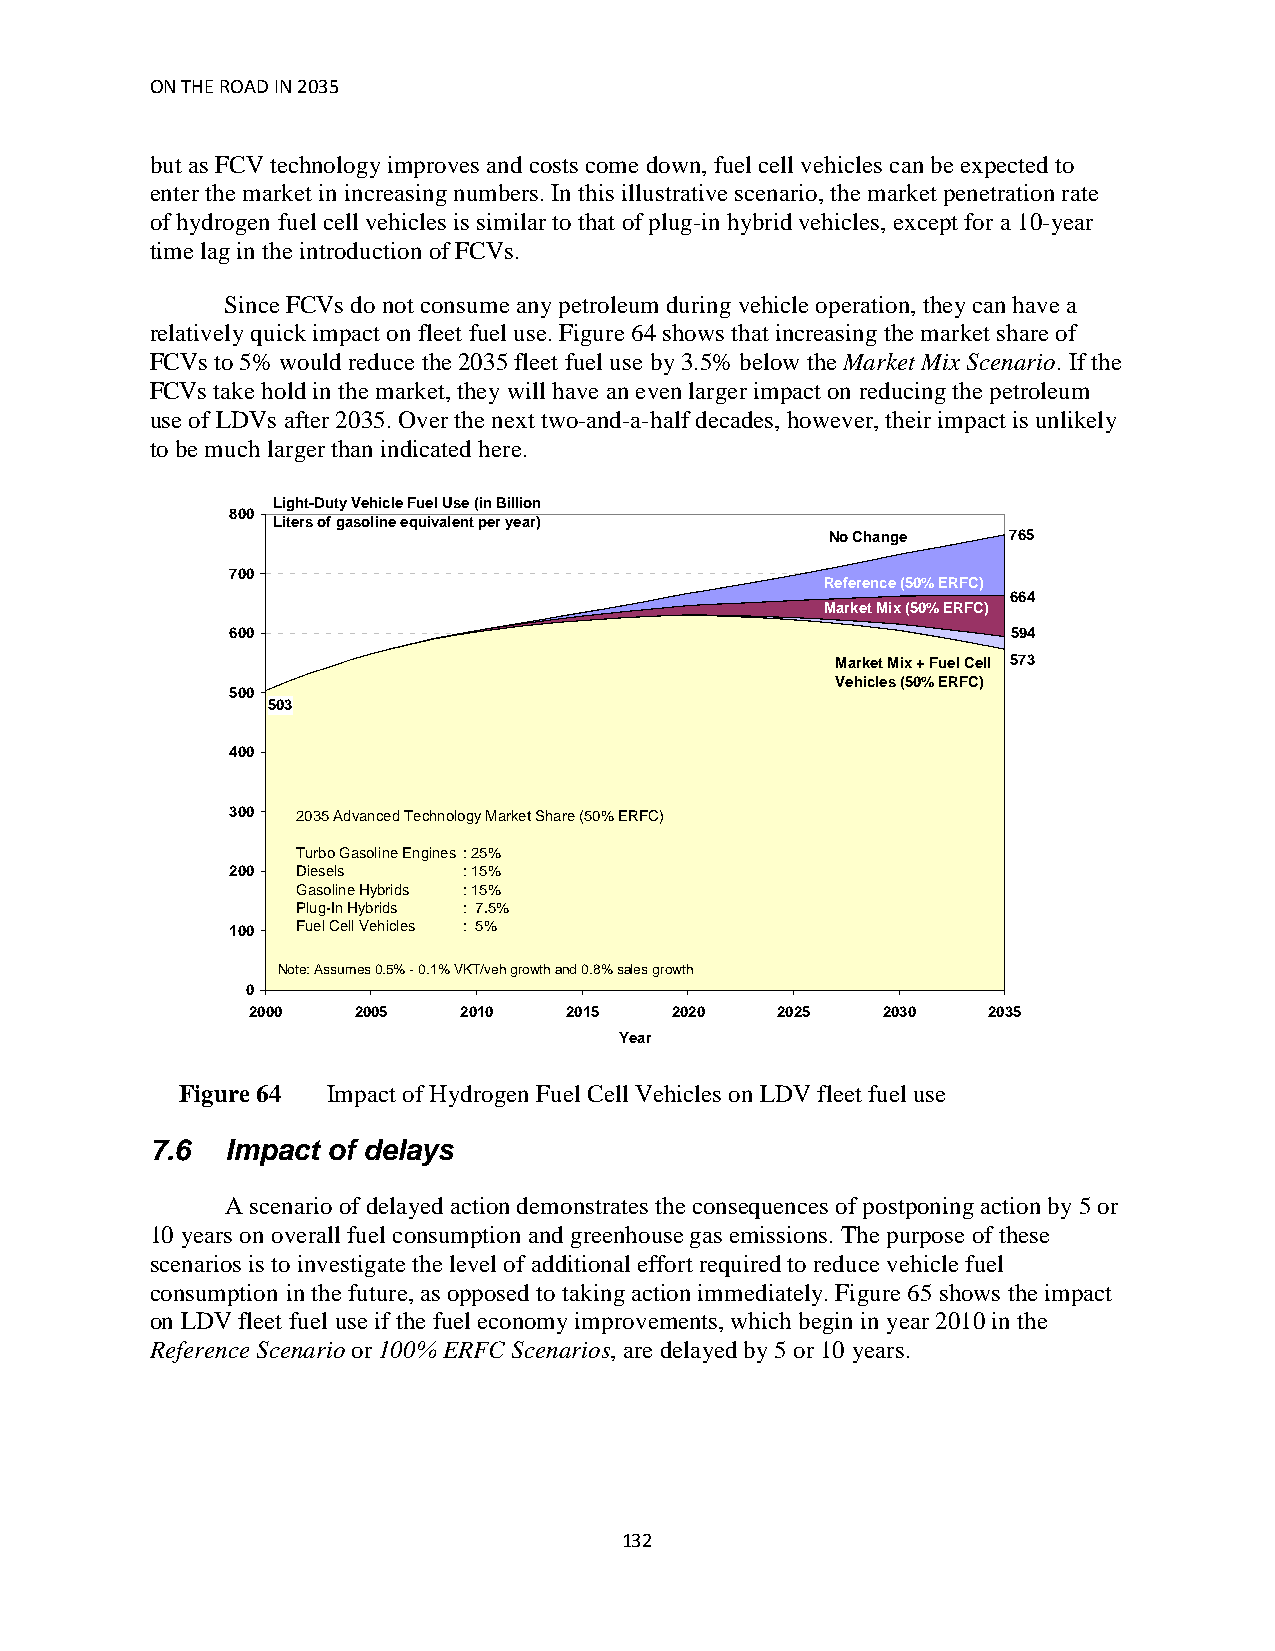
ON THE ROAD IN 2035
 but as FCV technology improves and costs come down, fuel cell vehicles can be expected to
 enter the market in increasing numbers. In this illustrative scenario, the market penetration rate
 of hydrogen fuel cell vehicles is similar to that of plug-in hybrid vehicles, except for a 10-year
 time lag in the introduction of FCVs.
 Since FCVs do not consume any petroleum during vehicle operation, they can have a
 relatively quick impact on fleet fuel use. Figure 64 shows that increasing the market share of
 FCVs to 5% would reduce the 2035 fleet fuel use by 3.5% below the Market Mix Scenario. If the
 FCVs take hold in the market, they will have an even larger impact on reducing the petroleum
 use of LDVs after 2035. Over the next two-and-a-half decades, however, their impact is unlikely
 to be much larger than indicated here.
 Light-Duty Vehicle Fuel Use (in Billion
 800
 Liters of gasoline equivalent per year)
 No Change   765
 700
 Reference (50% ERFC)
 664
 Market Mix (50% ERFC)
 600                                                 594
 Market Mix + Fuel Cell 573
 Vehicles (50% ERFC)
 500
 503
 400
 300  2035 Advanced Technology Market Share (50% ERFC)
 Turbo Gasoline Engines : 25%
 200  Diesels    : 15%
 Gasoline Hybrids : 15%
 Plug-In Hybrids : 7.5%
 100  Fuel Cell Vehicles : 5%
 Note: Assumes 0.5% - 0.1% VKT/veh growth and 0.8% sales growth
 0
 2000   2005   2010   2015   2020   2025   2030   2035
 Year
 Figure 64 Impact of Hydrogen Fuel Cell Vehicles on LDV fleet fuel use
 7.6  Impact of delays
 A scenario of delayed action demonstrates the consequences of postponing action by 5 or
 10 years on overall fuel consumption and greenhouse gas emissions. The purpose of these
 scenarios is to investigate the level of additional effort required to reduce vehicle fuel
 consumption in the future, as opposed to taking action immediately. Figure 65 shows the impact
 on LDV fleet fuel use if the fuel economy improvements, which begin in year 2010 in the
 Reference Scenario or 100% ERFC Scenarios, are delayed by 5 or 10 years.
 132